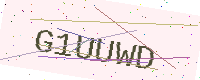
Text: G1UUWD